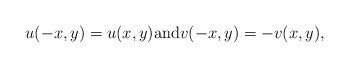
\begin{align*}u (-x,y) = u (x,y) \mbox{and} v (-x,y) = -v (x,y) , \end{align*}